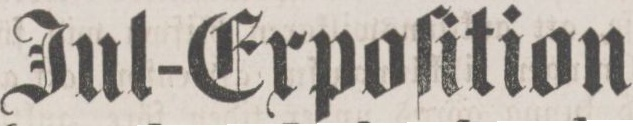
Jul-Expoſition